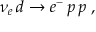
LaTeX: \nu _ { e } \, d \to e ^ { - } \, p \, p \; ,